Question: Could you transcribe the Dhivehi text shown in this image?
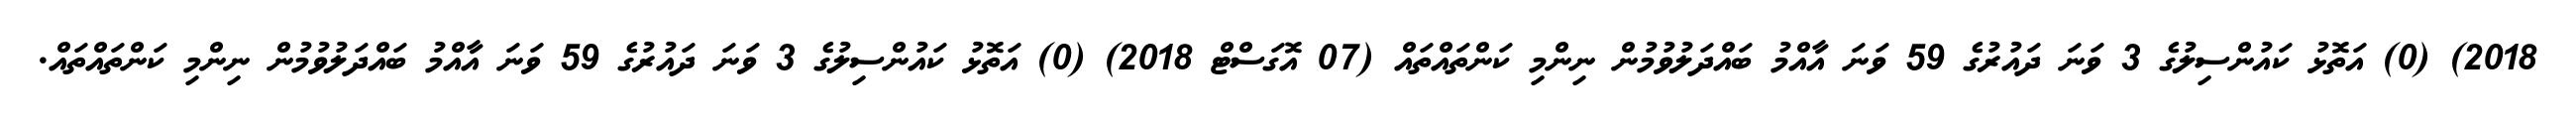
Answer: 2018) (0) އަތޮޅު ކައުންސިލުގެ 3 ވަނަ ދައުރުގެ 59 ވަނަ އާއްމު ބައްދަލުވުމުން ނިންމި ކަންތައްތައް (07 އޮގަސްޓް 2018) (0) އަތޮޅު ކައުންސިލުގެ 3 ވަނަ ދައުރުގެ 59 ވަނަ އާއްމު ބައްދަލުވުމުން ނިންމި ކަންތައްތައް.